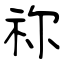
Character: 祢